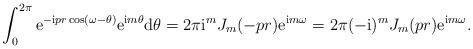
LaTeX: \begin{align*} \int_0^{2\pi}\mathrm e^{-\mathrm ipr\cos(\omega- \theta)}\mathrm e^{\mathrm im\theta}\mathrm d\theta= 2\pi\mathrm i^m J_m(-pr)\mathrm e^{\mathrm im\omega}= 2\pi(-\mathrm i)^mJ_m(pr)\mathrm e^{\mathrm im\omega}.\end{align*}